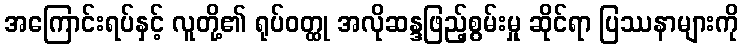
အကြောင်းရပ်နှင့် လူတို့၏ ရုပ်ဝတ္ထု အလိုဆန္ဒဖြည့်စွမ်းမှု ဆိုင်ရာ ပြဿနာများကို